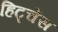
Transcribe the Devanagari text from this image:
हिट्चेंस